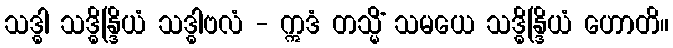
သဒ္ဓါ သဒ္ဓိန္ဒြိယံ သဒ္ဓါဗလံ - ဣဒံ တသ္မိံ သမယေ သဒ္ဓိန္ဒြိယံ ဟောတိ။